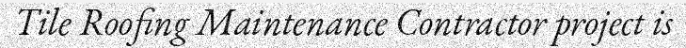
Tile Roofing Maintenance Contractor project is